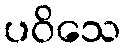
ပဝိသေ